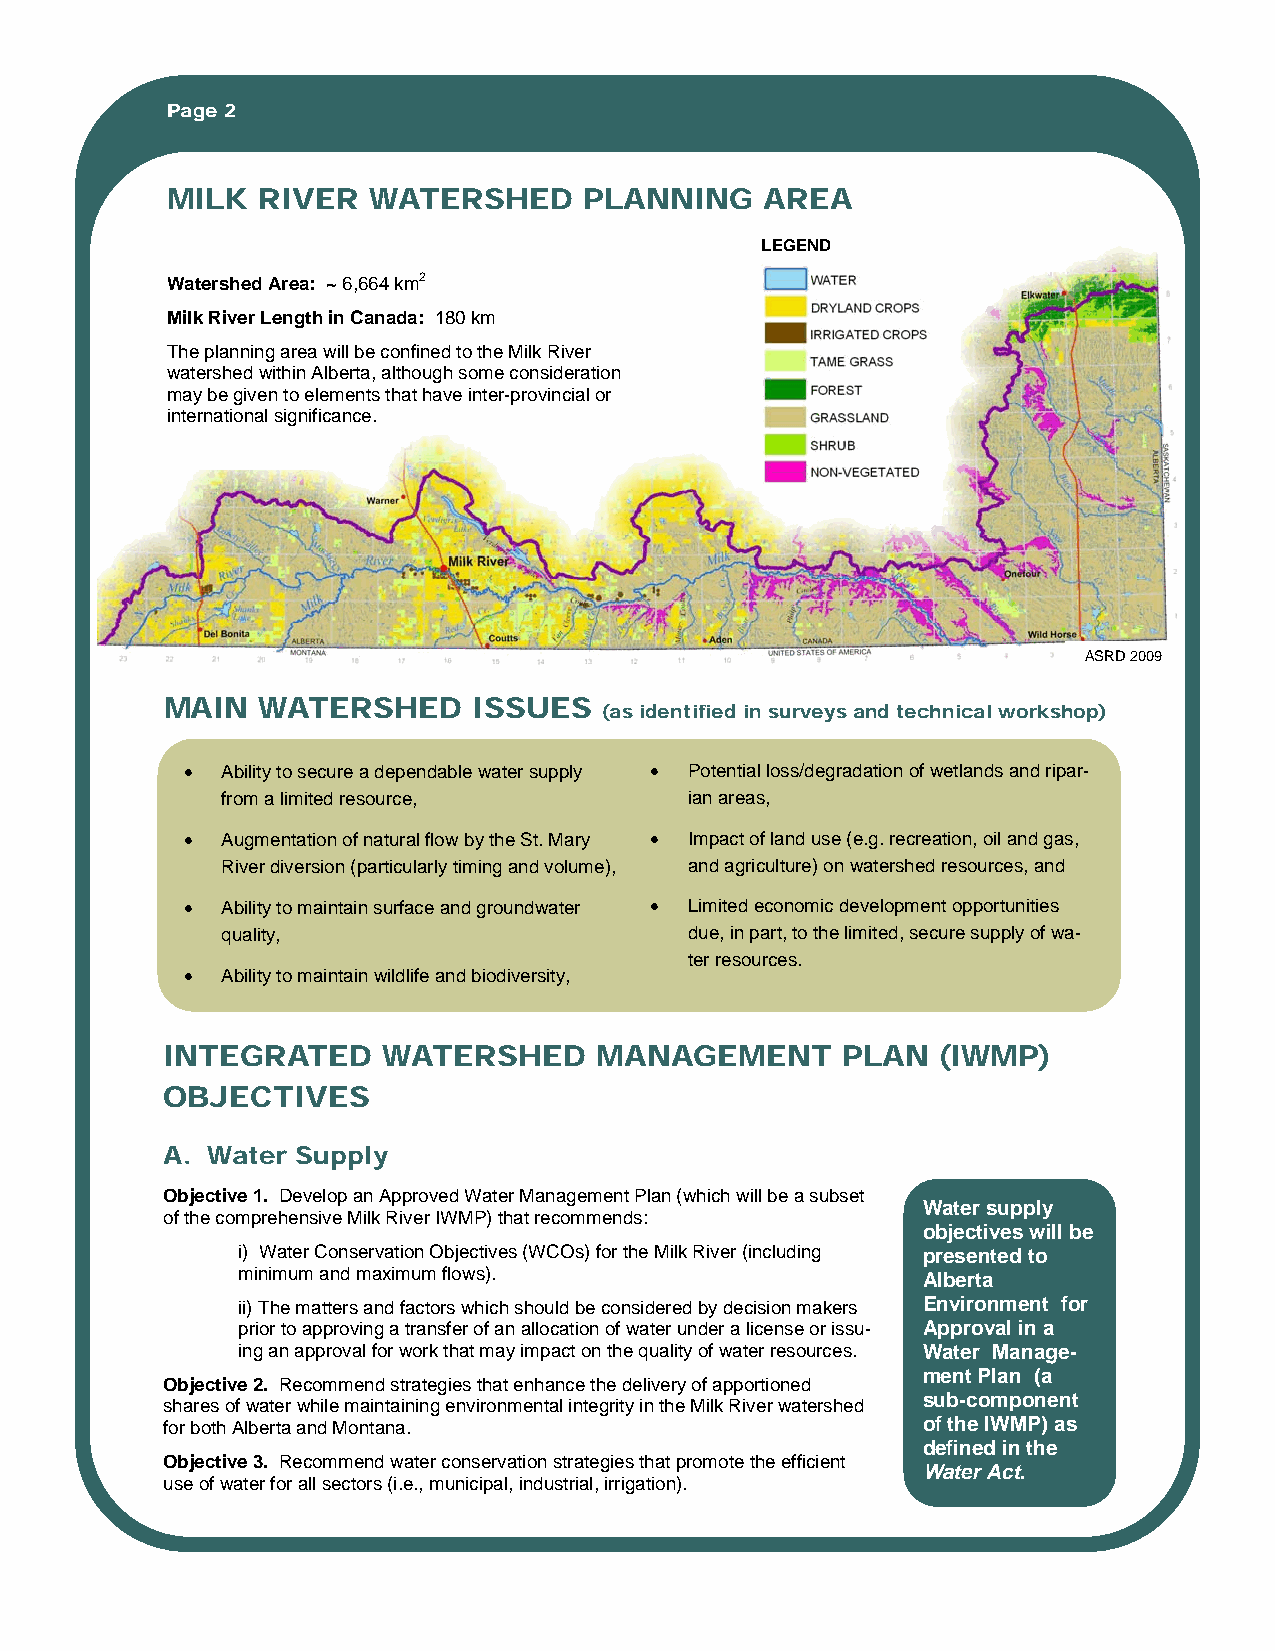
Page 2
 MILK  RIVER  WATERSHED      PLANNING    AREA
 LEGEND
 Watershed Area: ~ 6,664 km2
 Milk River Length in Canada: 180 km
 The planning area will be confined to the Milk River
 watershed within Alberta, although some consideration
 may be given to elements that have inter-provincial or
 international significance.
 ASRD 2009
 MAIN  WATERSHED     ISSUES
 (as identified in surveys and technical workshop)
 •  Ability to secure a dependable water supply • Potential loss/degradation of wetlands and ripar-
 from a limited resource,       ian areas,
 •  Augmentation of natural flow by the St. Mary • Impact of land use (e.g. recreation, oil and gas,
 River diversion (particularly timing and volume), and agriculture) on watershed resources, and
 •  Ability to maintain surface and groundwater • Limited economic development opportunities
 quality,                       due, in part, to the limited, secure supply of wa-
 ter resources.
 •  Ability to maintain wildlife and biodiversity,
 INTEGRATED    WATERSHED     MANAGEMENT       PLAN  (IWMP)
 OBJECTIVES
 A. Water Supply
 Objective 1. Develop an Approved Water Management Plan (which will be a subset
 Water supply
 of the comprehensive Milk River IWMP) that recommends:
 objectives will be
 i) Water Conservation Objectives (WCOs) for the Milk River (including presented to
 minimum and maximum flows).                  Alberta
 ii) The matters and factors which should be considered by decision makers Environment for
 prior to approving a transfer of an allocation of water under a license or issu- Approval in a
 ing an approval for work that may impact on the quality of water resources. Water Manage-
 ment Plan (a
 Objective 2. Recommend strategies that enhance the delivery of apportioned
 sub-component
 shares of water while maintaining environmental integrity in the Milk River watershed
 for both Alberta and Montana.                     of the IWMP) as
 defined in the
 Objective 3. Recommend water conservation strategies that promote the efficient
 Water Act.
 use of water for all sectors (i.e., municipal, industrial, irrigation).